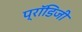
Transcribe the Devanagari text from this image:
प्रॉडिजी